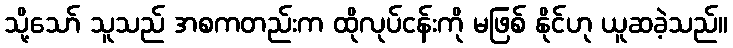
သို့သော် သူသည် အစကတည်းက ထိုလုပ်ငန်းကို မဖြစ် နိုင်ဟု ယူဆခဲ့သည်။